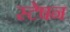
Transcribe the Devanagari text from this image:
स्टेषन